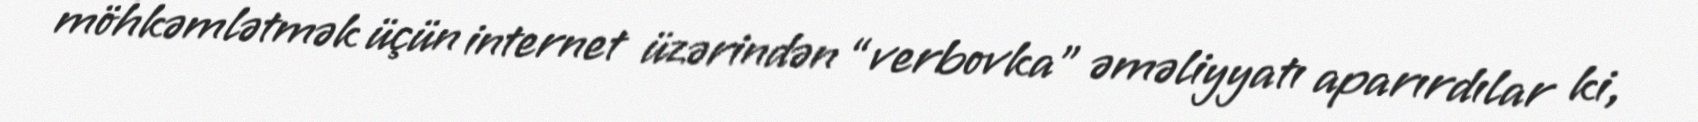
möhkəmlətmək üçün internet üzərindən “verbovka” əməliyyatı aparırdılar ki,